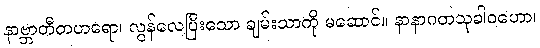
နာဗ္ဘာတီတဟရော၊ လွန်လေပြီးသော ချမ်းသာကို မဆောင်။ နာနာဂတသုခါဝဟော၊